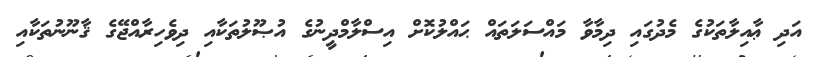
އަދި ޢާއިލާތަކުގެ މެދުގައި ދިމާވާ މައްސަލަތައް ޙައްލުކޮށް އިސްލާމްދީނުގެ އުޞޫލުތަކާއި ދިވެހިރާއްޖޭގެ ޤާނޫނުތަކާއި